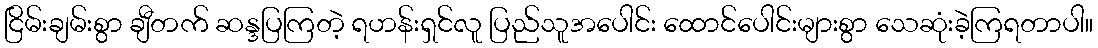
ငြိမ်းချမ်းစွာ ချီတက် ဆန္ဒပြကြတဲ့ ရဟန်းရှင်လူ ပြည်သူအပေါင်း ထောင်ပေါင်းများစွာ သေဆုံးခဲ့ကြရတာပါ။